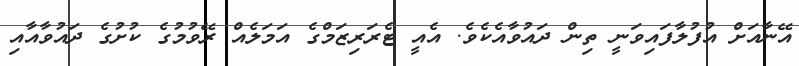
އޭނާއަށް އުފުލާފައިވަނީ ތިން ދައުވާއެކެވެ. އެއީ ޓެރަރިޒަމްގެ އަމަލެއް ރޭވުމުގެ ކުށުގެ ދައުވާއާއި